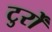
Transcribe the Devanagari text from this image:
टुर्रों